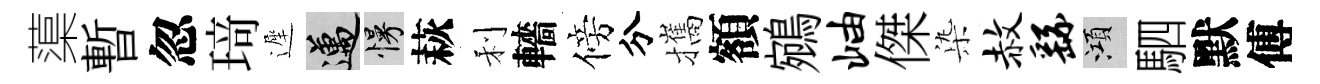
蕖暫忽𤦺遲邁慢萩利轖傍分攜額鵷岫傑𣑱赦繇澒駟默傅